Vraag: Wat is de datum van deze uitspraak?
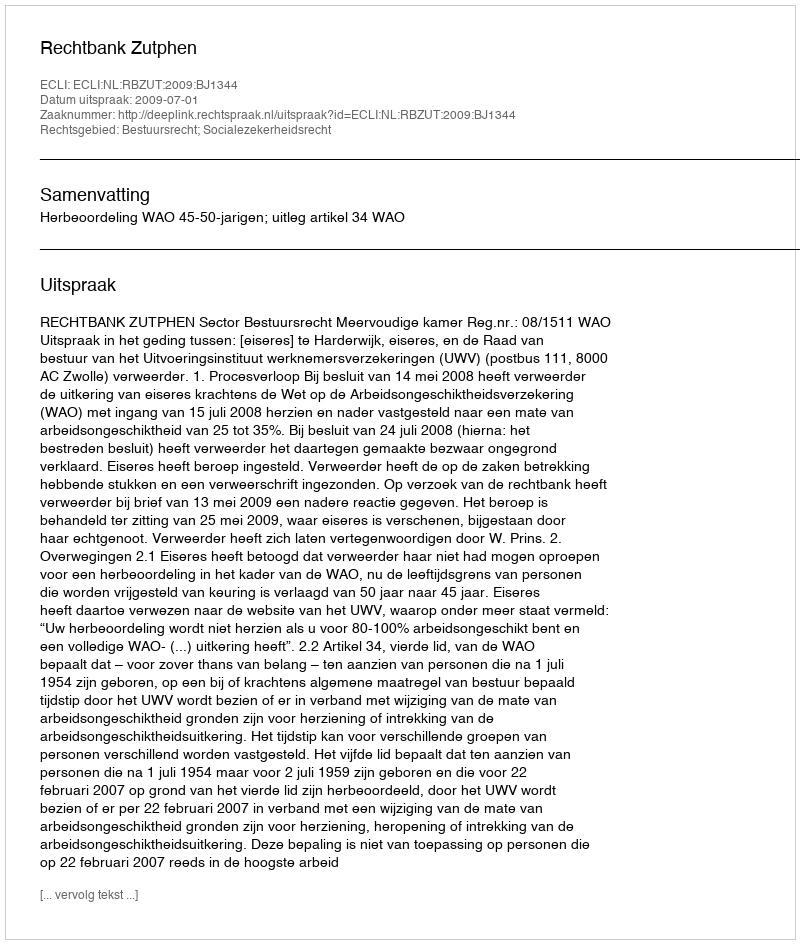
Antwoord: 2009-07-01